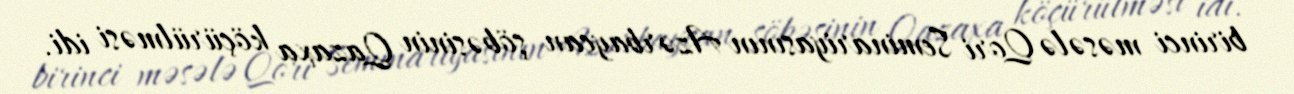
birinci məsələ Qori Seminariyasının Azərbaycan şöbəsinin Qazaxa köçürülməsi idi.